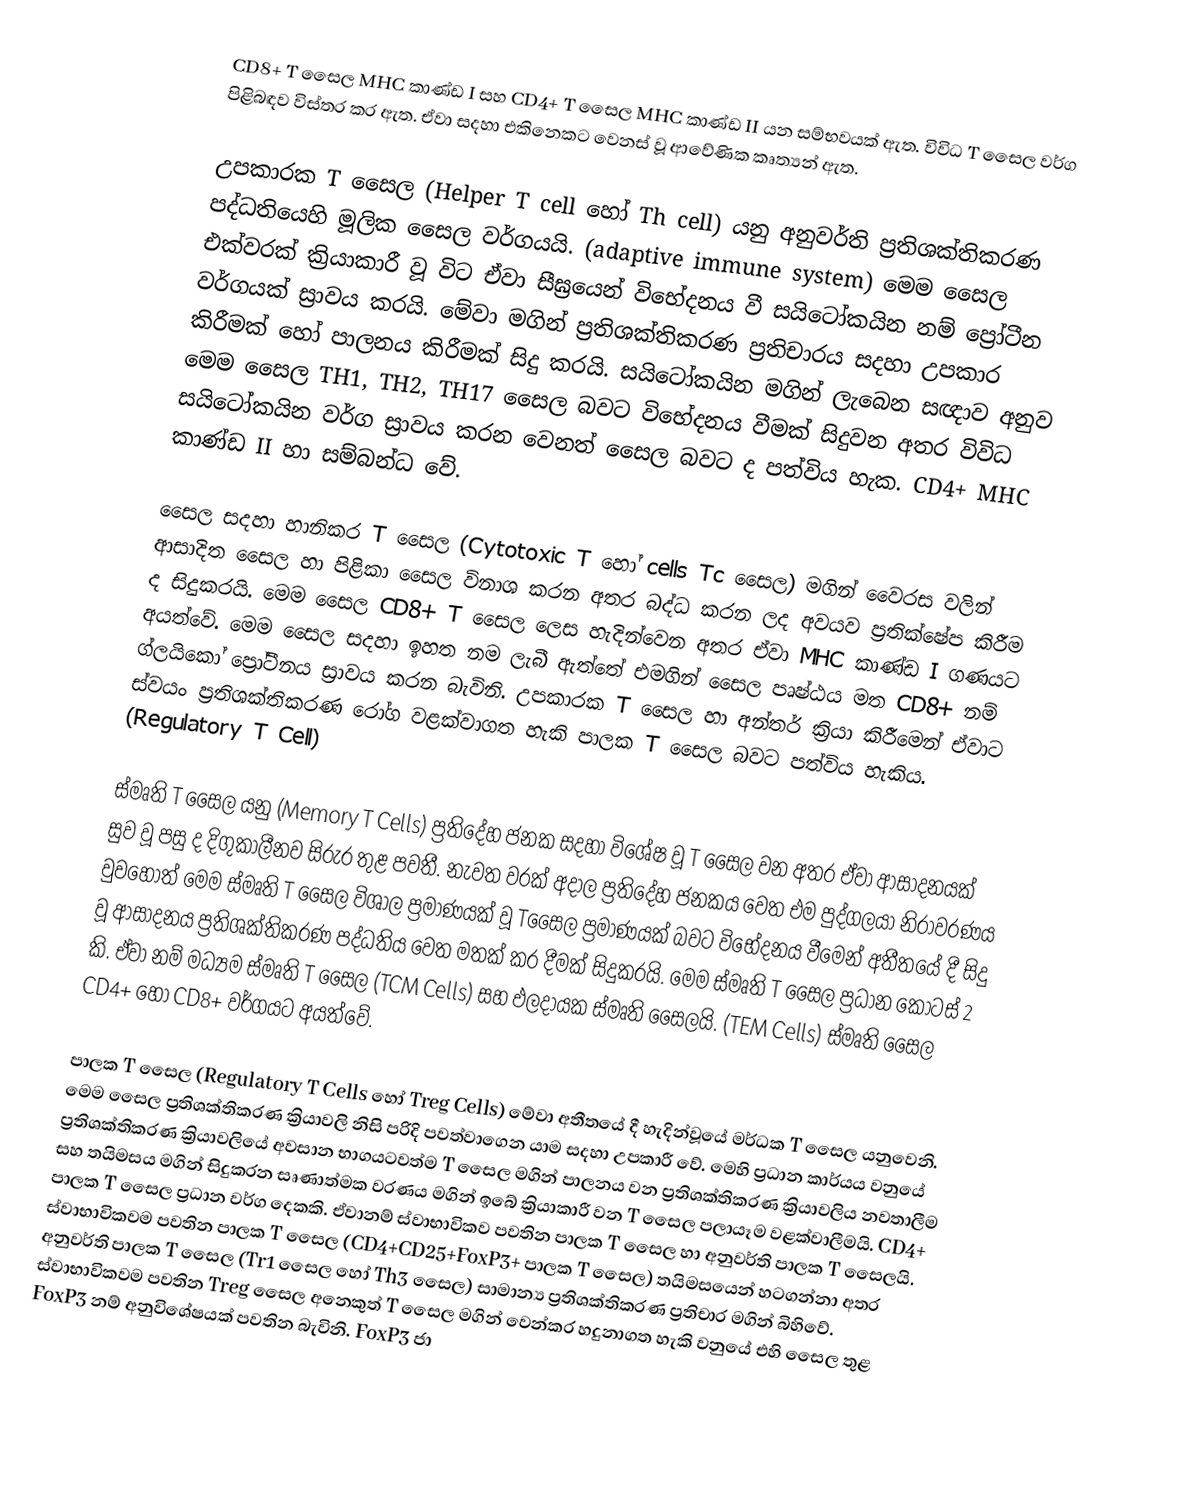
CD8+  T  සෛල MHC කාණ්ඩ I සහ CD4+  T සෛල MHC කාණ්ඩ II යන සම්භවයක් ඇත. විවිධ T සෛල වර්ග පිළිබඳව විස්තර කර ඇත. ඒවා සදහා එකිනෙකට වෙනස් වූ ආවේණික කෘත්‍යන් ඇත.

	උපකාරක T සෛල (Helper T cell හෝ Th cell) යනු අනුවර්ති ප්‍රතිශක්තිකරණ පද්ධතියෙහි මූලික සෛල වර්ගයයි. (adaptive immune system) මෙ‍ම සෛල එක්වරක් ක්‍රියාකාරී වූ විට ඒවා සීඝ්‍රයෙන් විභේදනය වී සයිටෝකයින නම් ප්‍රෝටීන වර්ගයක් ස්‍රාවය කරයි. මේවා මගින් ප්‍රතිශක්තිකරණ ප්‍රතිචාරය සදහා උපකාර කිරීමක් හෝ  පාලනය කිරීමක් සිදු කරයි. සයිටෝකයින මගින් ලැබෙන සඥාව අනුව මෙම සෛල TH1, TH2, TH17 සෛල බවට විභේදනය වීමක් සිදුවන අතර විවිධ සයිටෝකයින වර්ග ස්‍රාවය කරන වෙනත් සෛල බවට ද පත්විය හැක. CD4+ MHC කාණ්ඩ II හා සම්බන්ධ වේ.

	සෛල සදහා හානිකර  T සෛල (Cytotoxic T  හෝ cells  Tc සෛල) මගින් වෛරස වලින් ආසාදිත සෛල හා පිළිකා සෛල විනාශ කරන අතර බද්ධ කරන ලද අවයව ප්‍රතික්ෂේප කිරීම ද සිදුකරයි.  මෙම සෛල CD8+  T  සෛල ලෙස හැදින්වෙන අතර ඒවා MHC කාණ්ඩ I ගණයට අයත්වේ. මෙම සෛල සදහා ඉහත නම ලැබී ඇත්තේ එමගින් සෛල පෘෂ්ඨය මත CD8+ නම් ග්ලයිකෝ ප්‍රෝටීනය ස්‍රාවය කරන බැවිනි. උපකාරක T සෛල  හා අන්තර් ක්‍රියා කිරීමෙන් ඒවාට ස්වයං ප්‍රතිශක්තිකරණ රෝග වළක්වාගත හැකි පාලක T සෛල බවට පත්විය හැකිය. (Regulatory T Cell)

	ස්මෘති T සෛල යනු (Memory T Cells) ප්‍රතිදේහ ජනක සදහා විශේෂ වූ T සෛල වන අතර ඒවා ආසාදනයක් සුව වූ පසු ද දිගුකාලීනව සිරුර තුළ පවතී. නැවත වරක් අදාල ප්‍රතිදේහ ජනකය වෙත එම පුද්ගලයා නිරාවරණය වුවහොත් මෙම ස්මෘති T සෛල විශාල ප්‍රමාණයක් වූ Tසෛල ප්‍රමාණයක් බවට විභේදනය වීමෙන් අතීතයේ දී සිදු වූ ආසාදනය ප්‍රතිශක්තිකරණ පද්ධතිය වෙත මතක් කර දීමක් සිදුකරයි. මෙම ස්මෘති T සෛල ප්‍රධාන කොටස් 2 කි. ඒවා නම් මධ්‍යම ස්මෘති T සෛල (TCM Cells) සහ ඵලදායක ස්මෘති සෛලයි. (TEM Cells) ස්මෘති සෛල CD4+ හෝ  CD8+ වර්ගයට අයත්වේ.

	පාලක T සෛල (Regulatory T Cells හෝ  Treg Cells) මේවා අතීතයේ දී හැදින්වූයේ මර්ධක T සෛල යනුවෙනි. මෙම සෛල ප්‍රතිශක්තිකරණ ක්‍රියාවලි නිසි පරිදි පවත්වාගෙන යාම සදහා උපකාරී වේ. මෙහි ප්‍රධාන කාර්යය වනුයේ ප්‍රතිශක්තිකරණ ක්‍රියාවලියේ අවසාන භාගයටවත්ම T සෛල මගින් පාලනය වන ප්‍රතිශක්තිකරණ ක්‍රියාවලිය නවතාලීම සහ ‍තයිමසය මගින් සිදුකරන සෘණාත්මක වරණය මගින් ඉබේ ක්‍රියාකාරී වන T සෛල පලායෑම වළක්වාලීමයි.  CD4+ පාලක T සෛල ප්‍රධාන වර්ග දෙකකි. ඒවානම් ස්වාභාවිකව පවතින පාලක T සෛල හා‍ අනුවර්ති පාලක T සෛලයි. ස්වාභාවිකවම පවතින පාලක T සෛල (CD4+CD25+FoxP3+ පාලක T සෛල)  තයිමසයෙන් හටගන්නා අතර අනුවර්ති පාලක T සෛල (Tr1 සෛල හෝ Th3 සෛල) සාමාන්‍ය ප්‍රතිශක්තිකරණ ප්‍රතිචාර මගින් බිහිවේ. ස්වාභාවිකවම පවතින  Treg සෛල අනෙකුත් T සෛල මගින් වෙන්කර හදුනාගත හැකි වනුයේ එහි සෛල තුළ  FoxP3  නම් අනුවිශේෂයක් පවතින බැවිනි. FoxP3 ජා